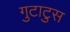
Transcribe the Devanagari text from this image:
गुटाटुस